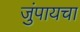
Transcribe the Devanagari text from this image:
जुंपायचा